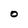
Character: O